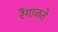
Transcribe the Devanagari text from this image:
रेंगाळते